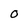
Character: 0